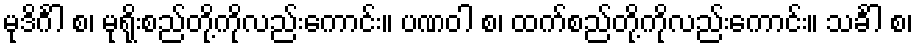
မုဒိင်္ဂါ စ၊ မုရိုးစည်တို့ကိုလည်းကောင်း။ ပဏဝါ စ၊ ထက်စည်တို့ကိုလည်းကောင်း။ သင်္ခါ စ၊